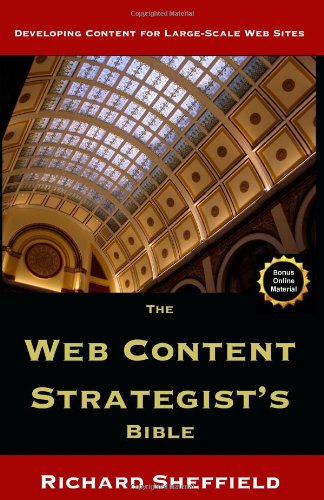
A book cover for The Web Content Strategist's Bible: The Complete Guide To A New And Lucrative Career For Writers Of All Kinds; Richard Sheffield; Computers & Technology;